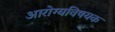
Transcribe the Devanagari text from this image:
अारोग्यविषयक